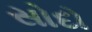
સોદો